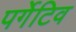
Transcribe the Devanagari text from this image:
पर्गेटिव